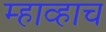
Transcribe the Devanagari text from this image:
म्हाव्हाच